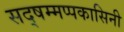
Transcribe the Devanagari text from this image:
सद्षम्मप्पकासिनी